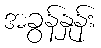
အခွန်နှုန်း